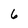
Character: 6